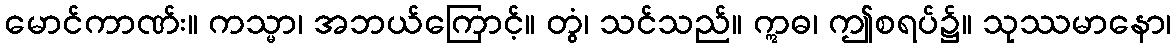
မောင်ကာဏ်း။ ကသ္မာ၊ အဘယ်ကြောင့်။ တွံ၊ သင်သည်။ ဣဓ၊ ဤစရပ်၌။ သုဿမာနော၊